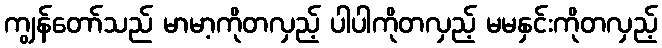
ကျွန်တော်သည် မာမာ့ကိုတလှည့် ပါပါကိုတလှည့် မမနှင်းကိုတလှည့်